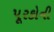
પૂરકોની